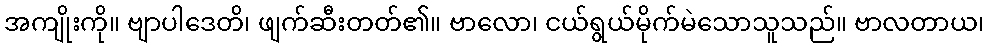
အကျိုးကို။ ဗျာပါဒေတိ၊ ဖျက်ဆီးတတ်၏။ ဗာလော၊ ငယ်ရွယ်မိုက်မဲသောသူသည်။ ဗာလတာယ၊